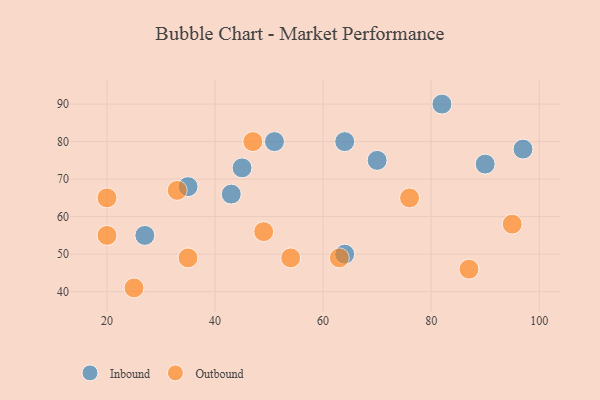
{"axis": {"x": "GDP", "y": "Life Expectancy"}, "legend": ["Inbound", "Outbound"], "data": [{"x": "70", "y": 75, "type": "Inbound"}, {"x": "82", "y": 90, "type": "Inbound"}, {"x": "90", "y": 74, "type": "Inbound"}, {"x": "97", "y": 78, "type": "Inbound"}, {"x": "64", "y": 50, "type": "Inbound"}, {"x": "35", "y": 68, "type": "Inbound"}, {"x": "27", "y": 55, "type": "Inbound"}, {"x": "51", "y": 80, "type": "Inbound"}, {"x": "43", "y": 66, "type": "Inbound"}, {"x": "64", "y": 80, "type": "Inbound"}, {"x": "45", "y": 73, "type": "Inbound"}, {"x": "63", "y": 49, "type": "Outbound"}, {"x": "20", "y": 55, "type": "Outbound"}, {"x": "25", "y": 41, "type": "Outbound"}, {"x": "20", "y": 65, "type": "Outbound"}, {"x": "76", "y": 65, "type": "Outbound"}, {"x": "33", "y": 67, "type": "Outbound"}, {"x": "47", "y": 80, "type": "Outbound"}, {"x": "87", "y": 46, "type": "Outbound"}, {"x": "95", "y": 58, "type": "Outbound"}, {"x": "54", "y": 49, "type": "Outbound"}, {"x": "49", "y": 56, "type": "Outbound"}, {"x": "35", "y": 49, "type": "Outbound"}]}